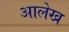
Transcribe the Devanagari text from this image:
अालेख